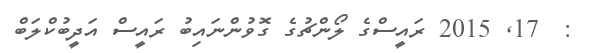
:  17